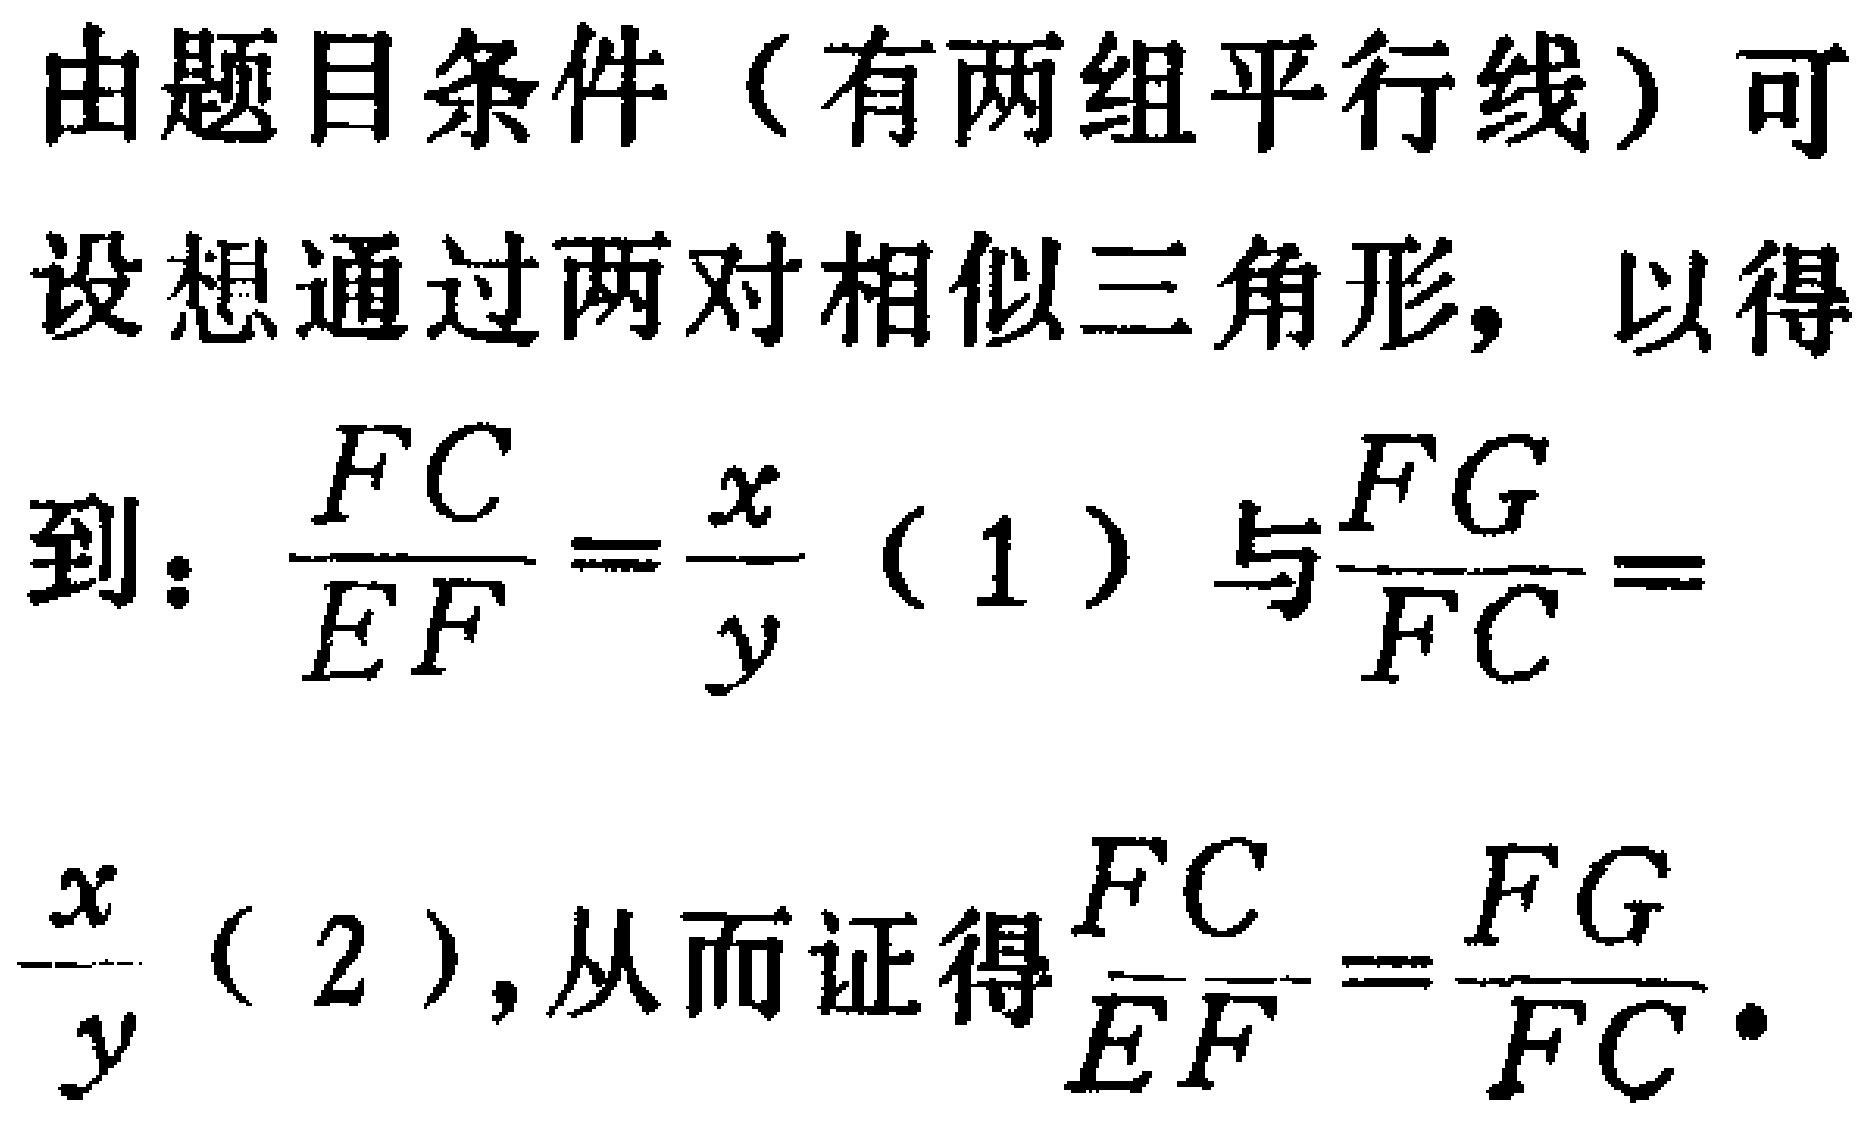
由题目条件（有两组平行线）可设想通过两对相似三角形，以得到：\(\frac{FC}{EF}=\frac{x}{y}\)（1）与\(\frac{FG}{FC}=\frac{x}{y}\)（2），从而证得\(\frac{FC}{EF}=\frac{FG}{FC}\)。